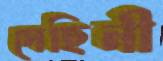
দেহিনী